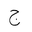
Letter: _gim